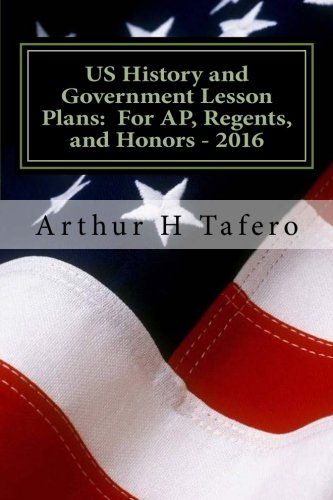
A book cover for US History and Government Lesson Plans:  For AP, Regents, and Honors - 2016: With Full Exams and New China Section; Arthur H Tafero; Test Preparation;